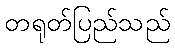
တရုတ်ပြည်သည်